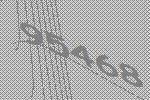
95468